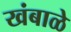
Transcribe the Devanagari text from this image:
खंबाळे